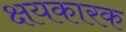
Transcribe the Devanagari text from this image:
क्षयकारक